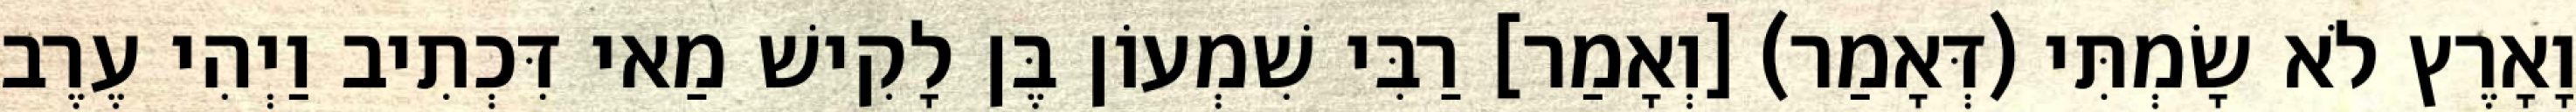
וָאָרֶץ לֹא שָׂמְתִּי (דְּאָמַר) [וְאָמַר] רַבִּי שִׁמְעוֹן בֶּן לָקִישׁ מַאי דִּכְתִיב וַיְהִי עֶרֶב